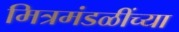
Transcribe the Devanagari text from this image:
मित्रमंडळींच्या